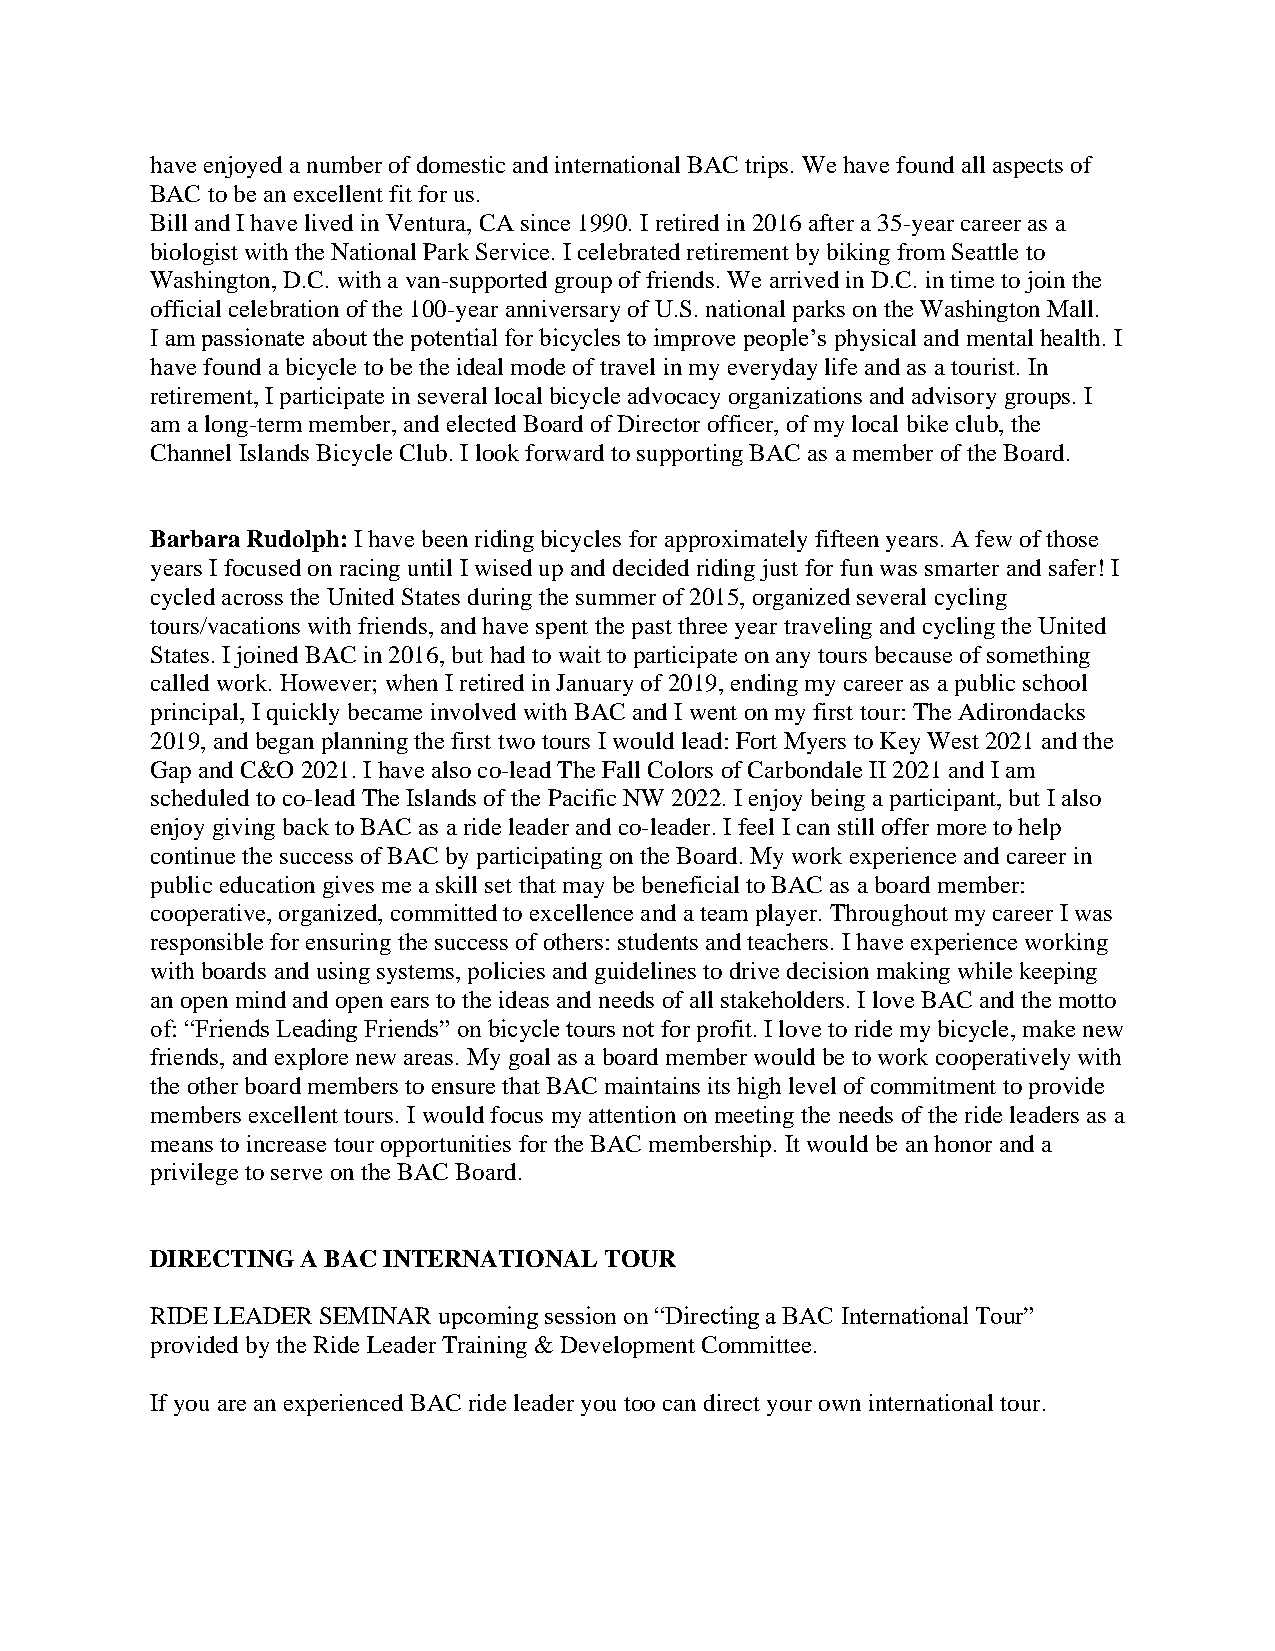
have enjoyed a number of domestic and international BAC trips. We have found all aspects of
 BAC to be an excellent fit for us.
 Bill and I have lived in Ventura, CA since 1990. I retired in 2016 after a 35-year career as a
 biologist with the National Park Service. I celebrated retirement by biking from Seattle to
 Washington, D.C. with a van-supported group of friends. We arrived in D.C. in time to join the
 official celebration of the 100-year anniversary of U.S. national parks on the Washington Mall.
 I am passionate about the potential for bicycles to improve people’s physical and mental health. I
 have found a bicycle to be the ideal mode of travel in my everyday life and as a tourist. In
 retirement, I participate in several local bicycle advocacy organizations and advisory groups. I
 am a long-term member, and elected Board of Director officer, of my local bike club, the
 Channel Islands Bicycle Club. I look forward to supporting BAC as a member of the Board.
 Barbara Rudolph: I have been riding bicycles for approximately fifteen years. A few of those
 years I focused on racing until I wised up and decided riding just for fun was smarter and safer! I
 cycled across the United States during the summer of 2015, organized several cycling
 tours/vacations with friends, and have spent the past three year traveling and cycling the United
 States. I joined BAC in 2016, but had to wait to participate on any tours because of something
 called work. However; when I retired in January of 2019, ending my career as a public school
 principal, I quickly became involved with BAC and I went on my first tour: The Adirondacks
 2019, and began planning the first two tours I would lead: Fort Myers to Key West 2021 and the
 Gap and C&O 2021. I have also co-lead The Fall Colors of Carbondale II 2021 and I am
 scheduled to co-lead The Islands of the Pacific NW 2022. I enjoy being a participant, but I also
 enjoy giving back to BAC as a ride leader and co-leader. I feel I can still offer more to help
 continue the success of BAC by participating on the Board. My work experience and career in
 public education gives me a skill set that may be beneficial to BAC as a board member:
 cooperative, organized, committed to excellence and a team player. Throughout my career I was
 responsible for ensuring the success of others: students and teachers. I have experience working
 with boards and using systems, policies and guidelines to drive decision making while keeping
 an open mind and open ears to the ideas and needs of all stakeholders. I love BAC and the motto
 of: “Friends Leading Friends” on bicycle tours not for profit. I love to ride my bicycle, make new
 friends, and explore new areas. My goal as a board member would be to work cooperatively with
 the other board members to ensure that BAC maintains its high level of commitment to provide
 members excellent tours. I would focus my attention on meeting the needs of the ride leaders as a
 means to increase tour opportunities for the BAC membership. It would be an honor and a
 privilege to serve on the BAC Board.
 DIRECTING A BAC INTERNATIONAL TOUR
 RIDE LEADER SEMINAR upcoming session on “Directing a BAC International Tour”
 provided by the Ride Leader Training & Development Committee.
 If you are an experienced BAC ride leader you too can direct your own international tour.